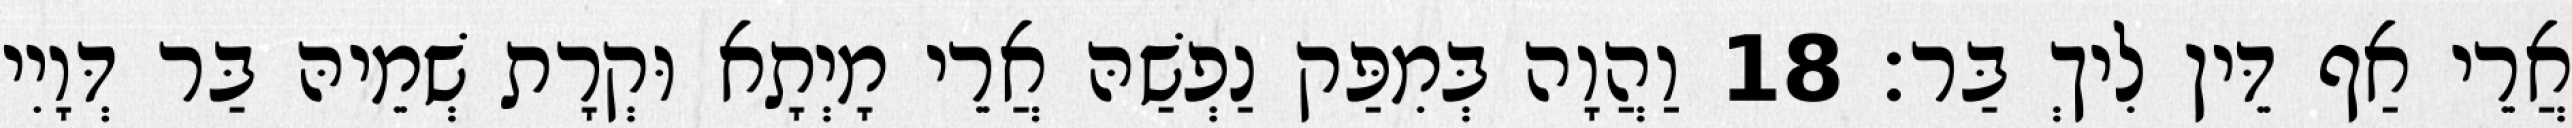
אֲרֵי אַף דֵּין לִיךְ בַּר׃ 18 וַהֲוָה בְּמִפַּק נַפְשַׁהּ אֲרֵי מָיְתָא וּקְרָת שְׁמֵיהּ בַּר דְּוָיִי